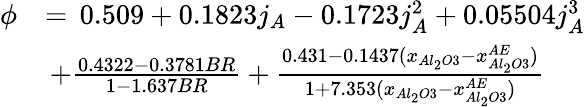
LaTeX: \begin{array}{rl}{\phi}&{=\, 0.509+0.1823j_{A}-0.1723j_{A}^{2}+0.05504j_{A}^{3}}\\ &{\, +\frac{0.4322-0.3781BR}{1-1.637BR}+\frac{0.431-0.1437(x_{Al_{2}O3}-x_{Al_{2}O3}^{AE})}{1+7.353(x_{Al_{2}O3}-x_{Al_{2}O3}^{AE})}}\end{array}